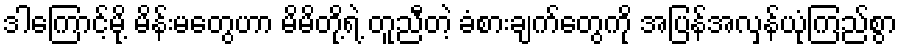
ဒါကြောင့်မို့ မိန်းမတွေဟာ မိမိတို့ရဲ့ တူညီတဲ့ ခံစားချက်တွေကို အပြန်အလှန်ယုံကြည်စွာ